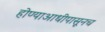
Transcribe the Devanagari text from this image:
होण्याआधीपासूनच